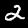
Digit: 2